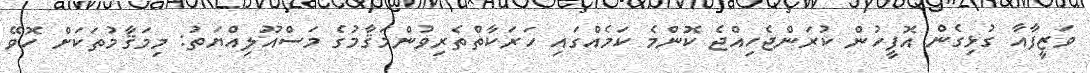
ވަޒީފާއާ ގުޅިގެން އޮފީހުން ކުރަންޖެހިއްޖެ ކޮންމެ ކަމެއްގައި ހަރަކާތްތެރިވުންމަޤާމުގެ މަސްއޫލިއްޔަތު: މިމަޤާމުތަކަށް ހޮވޭ